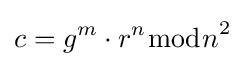
c=g^{m}\cdot r^{n}{\bmod {n}}^{2}